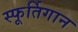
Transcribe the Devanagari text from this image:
स्फूर्तिगान